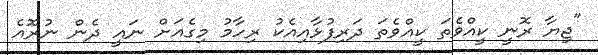
"ޖިޔާ ރޮނީ ކީއްވެތަ ކީއްވެތަ ދަރިފުޅާއިއެކު ރިހާމު މިގެއަށް ނައީ ދެން ނުރޮއެ